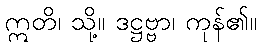
ဣတိ၊ သို့။ ဒဋ္ဌဗ္ဗာ၊ ကုန်၏။